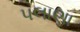
પલાણા